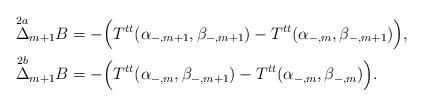
LaTeX: \begin{align*} \overset{2a}{\Delta}_{m+1}B&=-\Big(T^{tt}(\alpha_{-,m+1},\beta_{-,m+1})-T^{tt}(\alpha_{-,m},\beta_{-,m+1})\Big),\\ \overset{2b}{\Delta}_{m+1}B&=-\Big(T^{tt}(\alpha_{-,m},\beta_{-,m+1})-T^{tt}(\alpha_{-,m},\beta_{-,m})\Big).\end{align*}